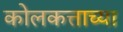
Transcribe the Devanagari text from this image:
कोलकत्ताच्या